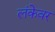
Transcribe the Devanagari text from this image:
लंकेवर